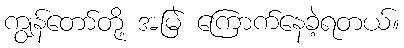
ကျွန်တော်တို့ အမြဲ ကြောက်နေခဲ့ရတယ်။